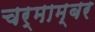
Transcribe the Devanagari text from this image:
चर्माम्बर